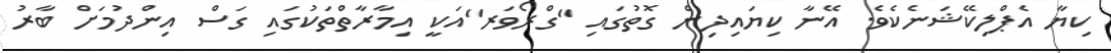
ކިޔާ އެޕްލިކޭޝަނެކެވެ. އޭނާ ކިޔައިދިން ގޮތުގައި "ގްރޯވަރ"އަކީ އިމާރާތްތަކުގައި ގަސް އިންދުމަށް ބާރު